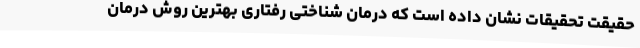
حقیقت تحقیقات نشان داده است که درمان شناختی رفتاری بهترین روش درمان